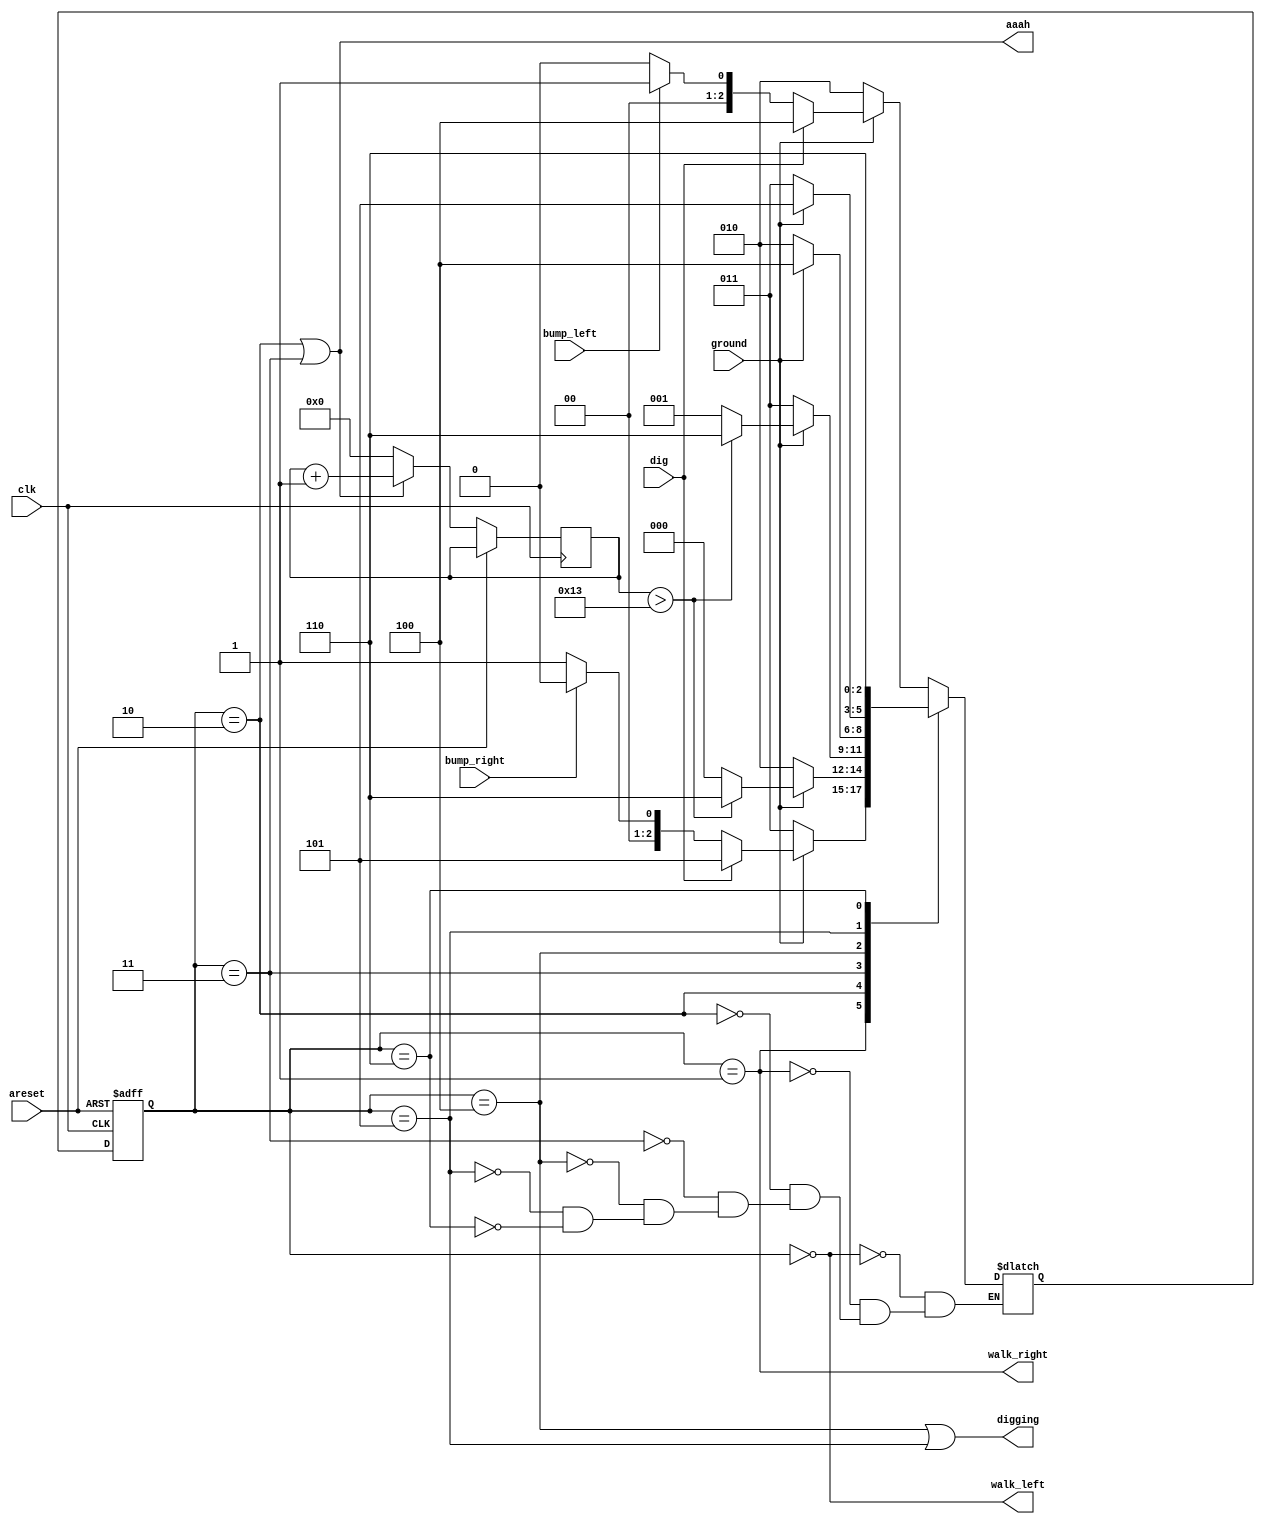
// This program was cloned from: https://github.com/Yvan-xy/verilog-doc
// License: GNU General Public License v2.0

module top_module(
    input clk,
    input areset,    // Freshly brainwashed Lemmings walk left.
    input bump_left,
    input bump_right,
    input ground,
    input dig,
    output walk_left,
    output walk_right,
    output aaah,
    output digging ); 

    parameter left=3'd0, right=3'd1, falll=3'd2, fallr=3'd3, digl=3'd4, digr=3'd5, splat=3'd6;
    reg [2:0]	state, next_state;
    reg [31:0]	count;
    
    always@(*) begin
        case(state)
            left: begin
                if(~ground)			next_state = falll;
                else if(dig)		next_state = digl;
                else if(bump_left)	next_state = right;
                else				next_state = left;
            end
            right: begin
                if(~ground)			next_state = fallr;
                else if(dig)		next_state = digr;
                else if(bump_right)	next_state = left;
                else				next_state = right;
            end
            falll: begin
                if(ground) begin
                    if(count>19)	next_state = splat;
                    else			next_state = left;
                end
                else				next_state = falll;
            end
            fallr: begin
                if(ground) begin
                    if(count>19)	next_state = splat;
                    else			next_state = right;
                end
                else				next_state = fallr;
            end
            digl: begin
                if(ground)	next_state = digl;
                else		next_state = falll;
            end
            digr: begin
                if(ground)	next_state = digr;
                else		next_state = fallr;
            end
            splat: begin
                next_state = splat;
            end
        endcase
    end
    
    always@(posedge clk or posedge areset) begin
        if(areset)
            state <= left;
        else if(state == falll || state == fallr) begin
            state <= next_state;
            count <= count + 1;
        end
        else begin
            state <= next_state;
            count <= 0;
        end
    end
    
    assign	walk_left = (state == left);
    assign	walk_right = (state == right);
    assign	aaah = (state == falll || state == fallr);
    assign	digging = (state == digl || state == digr);
    
endmodule